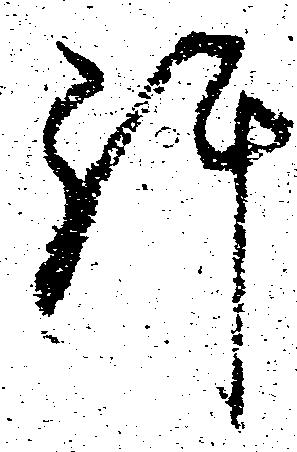
許